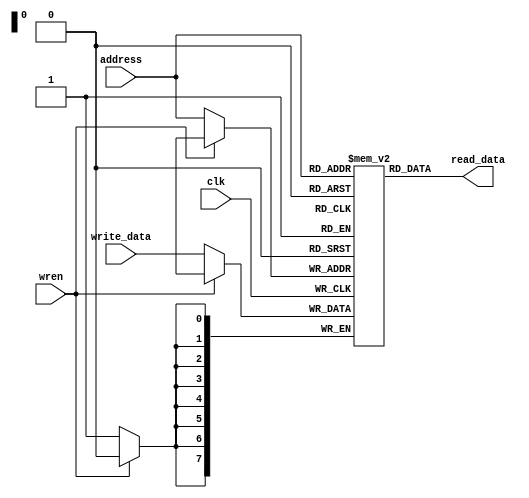
`timescale 1ns / 1ps
//////////////////////////////////////////////////////////////////////////////////
// Company:
// Engineer:
//
// Design Name:
// Module Name: mem
// Project Name:
// Target Devices:
// Tool Versions:
// Description:
//
// Dependencies:
//
// Revision:
// Revision 0.01 - File Created
// Additional Comments:
//
//////////////////////////////////////////////////////////////////////////////////

module data_mem(address, clk, write_data, wren, read_data);
  input[7:0] address;
  input clk, wren;
  input [7:0] write_data;
  output [7:0] read_data;
  reg [7:0] d_mem[0:255];

  always @ (posedge clk)
    if(wren == 0) d_mem[address]<=write_data;
  assign read_data=d_mem[address];

// initial $monitor($time, "d_mem[64]=%d", d_mem[64]);
// initial $monitor($time, "d_mem[65]=%d", d_mem[65]);
// initial $monitor($time, "d_mem[66]=%d", d_mem[66]);
// initial $monitor($time, "d_mem[67]=%d", d_mem[67]);
// initial $monitor($time, "d_mem[68]=%d", d_mem[68]);
// initial $monitor($time, "d_mem[72]=%d", d_mem[72]);
// initial $monitor($time, "d_mem[76]=%d", d_mem[76]);
// initial $monitor($time, "d_mem[77]=%d", d_mem[77]);
// initial $monitor($time, "d_mem[78]=%d", d_mem[78]);
// initial $monitor($time, "d_mem[79]=%d", d_mem[79]);
// initial $monitor($time, "d_mem[80]=%d", d_mem[80]);
// initial $monitor($time, "d_mem[84]=%d", d_mem[84]);
// initial $monitor($time, "d_mem[88]=%d", d_mem[88]);
// initial $monitor($time, "d_mem[92]=%d", d_mem[92]);
// initial $monitor($time, "d_mem[96]=%d", d_mem[96]);

// initial $monitor($time, "d_mem[126]=%d", d_mem[126]);
// initial $monitor($time, "d_mem[127]=%d", d_mem[127]);
// initial $monitor($time, "d_mem[128]=%d", d_mem[128]);
// initial $monitor($time, "d_mem[129]=%d", d_mem[129]);
// initial $monitor($time, "d_mem[130]=%d", d_mem[130]);
// initial $monitor($time, "d_mem[131]=%d", d_mem[131]);
// initial $monitor($time, "d_mem[132]=%d", d_mem[132]);
// initial $monitor($time, "d_mem[133]=%d", d_mem[133]);
// initial $monitor($time, "d_mem[520]=%d", d_mem[520]);
endmodule